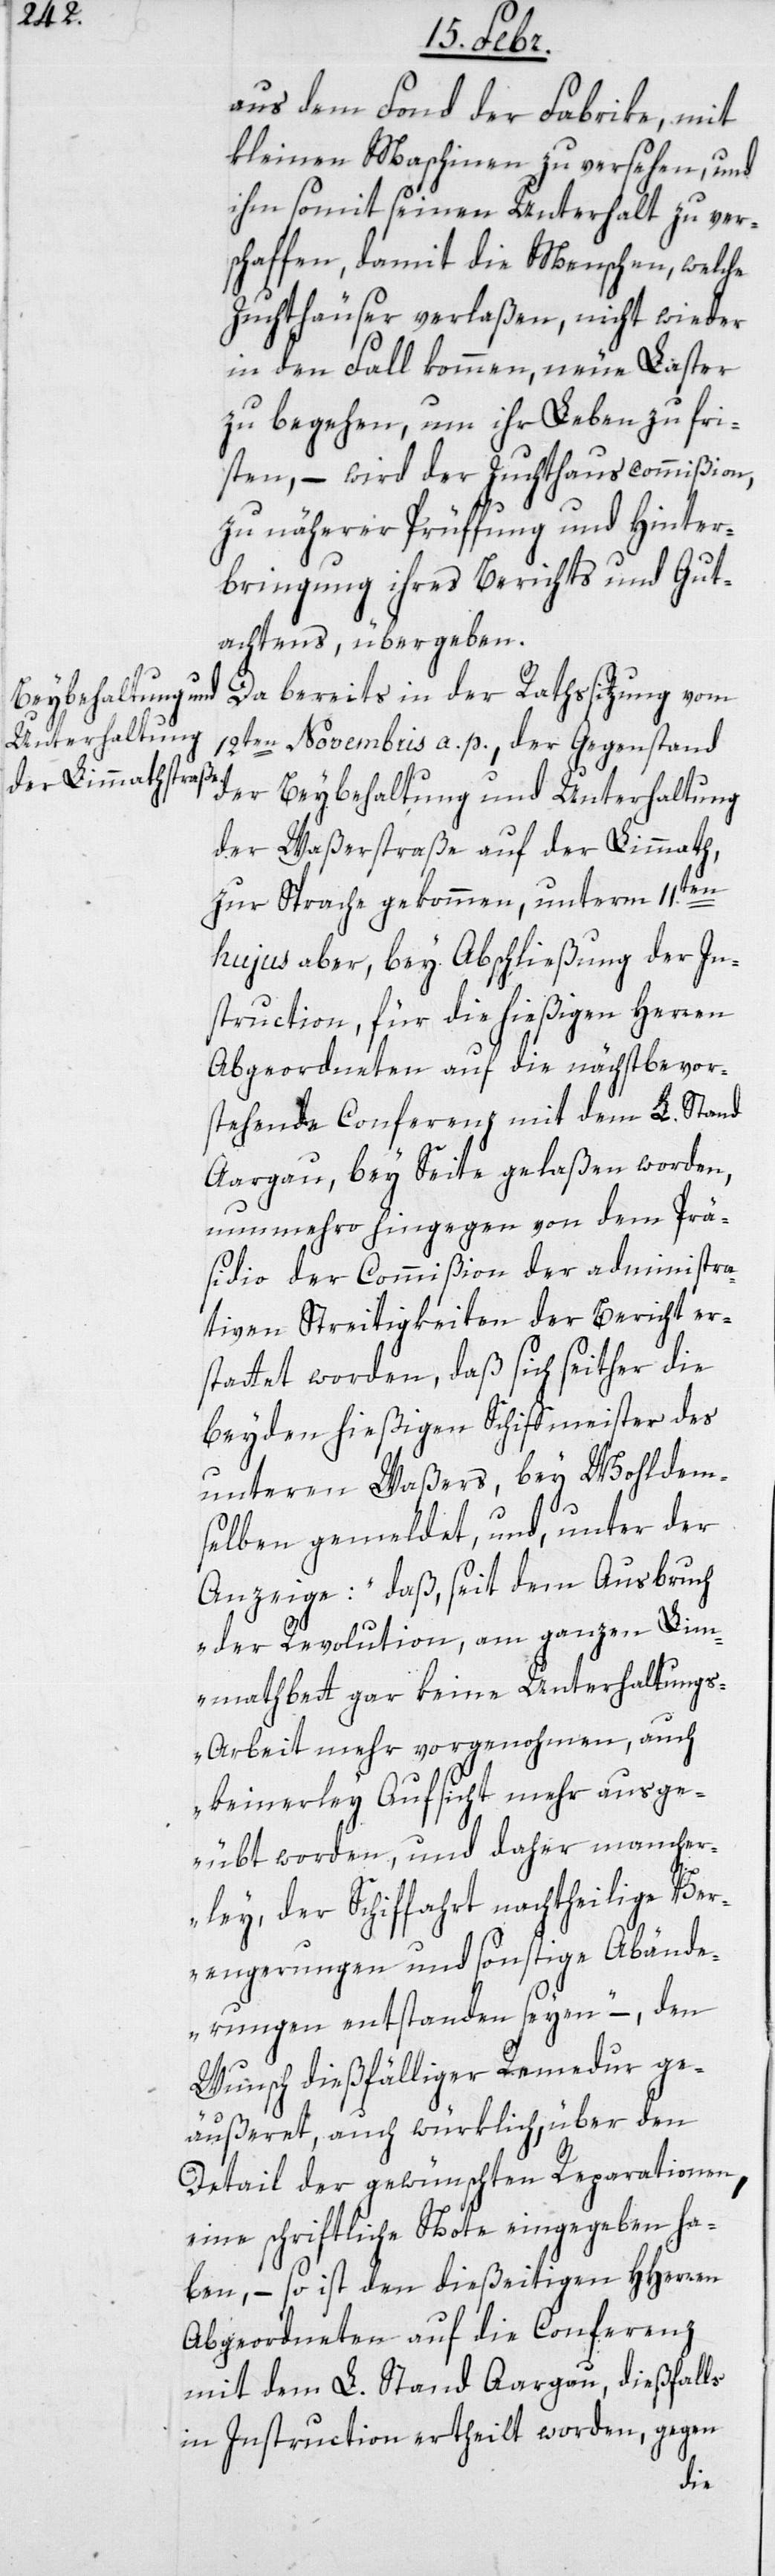
aus dem Fonds der Fabrike, mit
kleinen Maschinen zu versehen, und
ihm somit seinen Unterhalt zu ver¬
schaffen, damit die Menschen, welche
Zuchthäuser verlaßen, nicht wieder
in den Fall kommen, neue Laster
zu begehen, um ihr Leben zu fri¬
sten, – wird der Zuchthauscommißion,
zu näherer Prüffung und Hinter¬
bringung ihres Berichts und Gut¬
achtens übergeben.
Da bereits in der Rathssitzung vom
12ten Novembris a. p. der Gegenstand
der Beybehaltung und Unterhaltung
der Waßerstraße auf der Limmath,
zur Sprache gekommen, unterm 11.ten
hujus aber, bey Abschließung der In¬
struction für die hießigen Herren
Abgeordneten auf die nächstbevor¬
stehende Conferenz mit dem L. Stand
Aargau, bey Seite gelaßen worden,
nunmehro hingegen von dem Prä¬
sidio der Commißion der administra¬
tiven Streitigkeiten der Bericht er¬
stattet worden, daß sich seither die
beyden hießigen Schiffmeister des
unteren Waßers, bey Wohldem¬
selben gemeldet, und, unter der
Anzeige: „daß, seit dem Ausbruch
der Revolution, am ganzen Lim¬
mathbett gar keine Unterhaltung¬
s-Arbeit mehr vorgenohmen, auch
keinerley Aufsicht mehr ausge¬
übt worden, und daher mancher¬
ley, der Schiffahrt nachtheilige Ver¬
engungen und sonstige Abände¬
rungen entstanden seyen,“ – den
Wunsch dießfälliger Remedur ge¬
äußeret, auch würklich, über den
Detail der gewünschten Reparationen,
eine schriftliche Note eingegeben ha¬
ben, – so ist den dießeitigen HHerren
Abgeordneten auf die Conferenz
mit dem L. Stand Aargau, dießfalls
in Instruction ertheilt worden, gegen